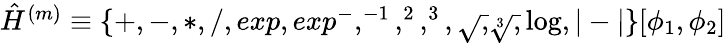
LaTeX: \begin{array}{r}{\hat{H}^{(m)}\equiv\{ +,-,*,/,exp,exp^{-},^{-1},^{2},^{3},\sqrt,\sqrt[3],\log,|-|\} [\phi_{1},\phi_{2}]}\end{array}